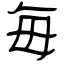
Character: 毎